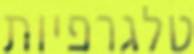
טלגרפיות